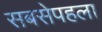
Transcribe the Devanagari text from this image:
सबसेपहला